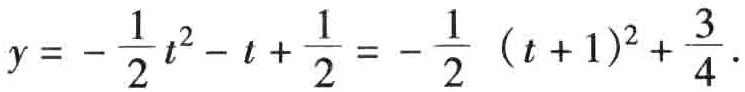
$y = - \frac{1}{2} t^{2} - t + \frac{1}{2} = - \frac{1}{2} ( t + 1)^{2} + \frac{3}{4}.$